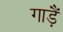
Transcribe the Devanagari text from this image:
गाड़ैं